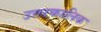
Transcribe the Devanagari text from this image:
उत्तरकालिक